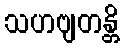
သဟဗျတန္တိ